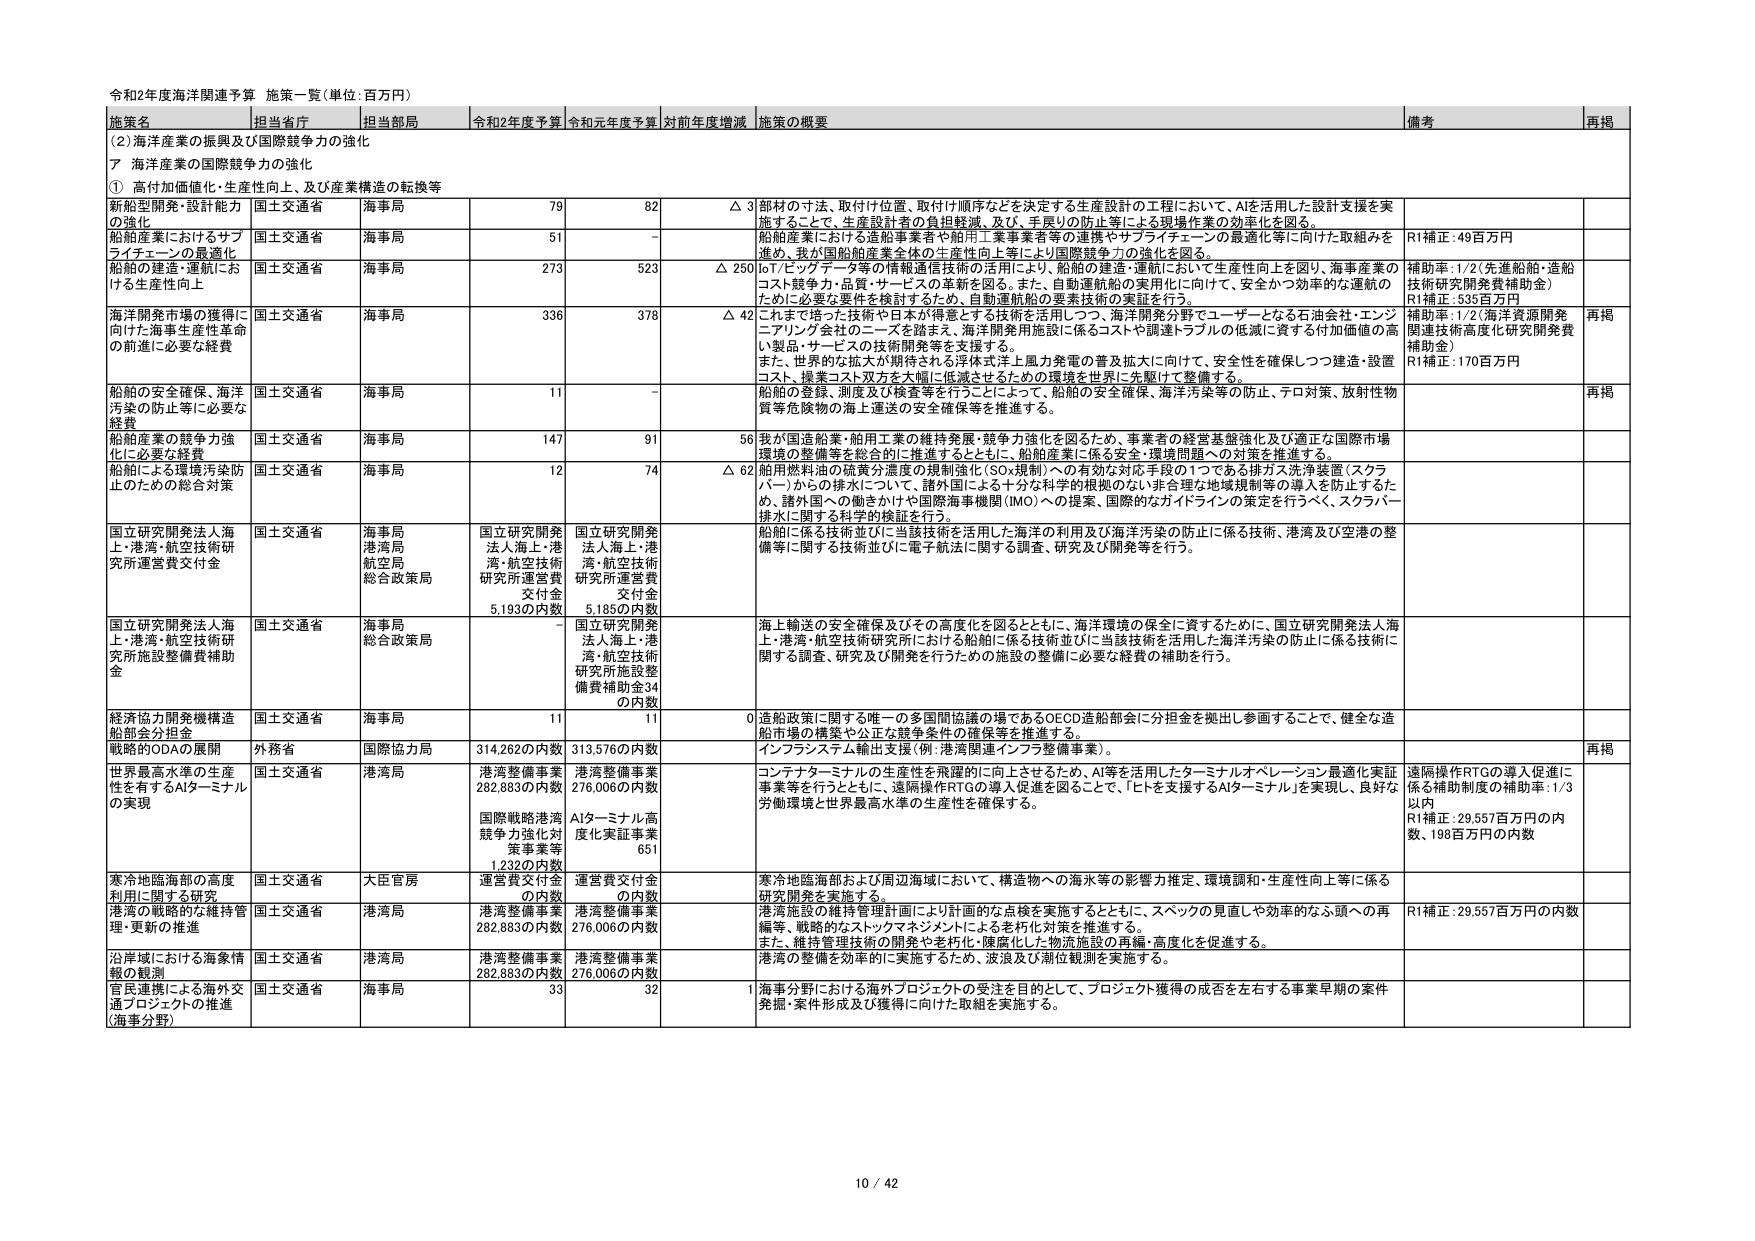
令和2年度海洋関連予算 施策一覧（単位：百万円）

施策名 担当省庁 担当部局 令和2年度予算 令和元年度予算 対前年度増減 施策の概要 備考 再掲

（2）海洋産業の振興及び国際競争力の強化
ア 海洋産業の国際競争力の強化
① 高付加価値化・生産性向上、及び産業構造の転換等

新船型開発・設計能力の強化 国土交通省 海事局 79 82 △3 部材の寸法、取付け位置、取付け順序などを決定する生産設計の工程において、AIを活用した設計支援を実施することで、生産設計者の負担軽減、及び、手戸りの防止等による現場作業の効率化を図る。

船舶産業におけるサプライチェーンの最適化 国土交通省 海事局 51 - 船舶産業における造船事業者や舶用工業事業者等の連携やサプライチェーンの最適化等に向けた取組みを進め、我が国船舶産業全体の生産性向上等により国際競争力の強化を図る。 R1補正：49百万円

船舶の建造・運航における生産性向上 国土交通省 海事局 273 523 △250 IoT/ビッグデータ等の情報通信技術の活用により、船舶の建造・運航において生産性向上を図り、海事産業のコスト競争力・品質・サービスの革新を図る。また、自動運航船の実用化に向けて、安全かつ効率的な運航のために必要な要件を検討するため、自動運航船の要素技術の実証を行う。 補助率：1/2（先進船舶・造船技術研究開発費補助金） R1補正：535百万円

海洋開発市場の獲得に向けた海事生産性革命の前進に必要な経費 国土交通省 海事局 336 378 △42 これまで培った技術や日本が得意とする技術を活用しつつ、海洋開発分野でユーザーとなる石油会社・エンジニアリング会社のニーズを踏まえ、海洋開発用施設に係るコストや調達トラブルの低減に資する付加価値の高い製品・サービスの技術開発等を支援する。 また、世界的な拡大が期待される浮体式洋上風力発電の普及拡大に向けて、安全性を確保しつつ建造・設置コスト、操業コスト双方を大幅に低減させるための環境を世界に先駆けて整備する。 補助率：1/2（海洋資源開発関連技術高度化研究開発費補助金） R1補正：170百万円 再掲

船舶の安全確保、海洋汚染の防止等に必要な経費 国土交通省 海事局 11 - 船舶の登録、測度及び検査等を行うことによって、船舶の安全確保、海洋汚染等の防止、テロ対策、放射性物質等危険物の海上運送の安全確保等を推進する。 再掲

船舶産業の競争力強化に必要な経費 国土交通省 海事局 147 91 56 我が国造船業・舶用工業の維持発展・競争力強化を図るため、事業者の経営基盤強化及び適正な国際市場環境の整備等を総合的に推進するとともに、船舶産業に係る安全・環境問題への対策を推進する。

船舶による環境汚染防止のための総合対策 国土交通省 海事局 12 74 △62 船用燃料油の硫黄分濃度の規制強化（SOx規制）への有効な対応手段の1つである排ガス洗浄装置（スクラバー）からの排水について、諸外国による十分な科学的根拠のない非合理的地域規制等の導入を防止するため、諸外国への働きかけや国際海事機関（IMO）への提案、国際的なガイドラインの策定を行うべく、スクラバー排水に関する科学的検証を行う。

国立研究開発法人海上・港湾・航空技術研究所運営費交付金 国土交通省 海事局 港湾局 航空局 総合政策局 国立研究開発法人海上・港湾・航空技術研究所運営費交付金 5,193の内数 国立研究開発法人海上・港湾・航空技術研究所運営費交付金 5,185の内数 船舶に係る技術並びに当該技術を活用した海洋の利用及び海洋汚染の防止に係る技術、港湾及び空港の整備等に関する技術並びに電子航法に関する調査、研究及び開発等を行う。

国立研究開発法人海上・港湾・航空技術研究所施設整備費補助金 国土交通省 海事局 総合政策局 - 国立研究開発法人海上・港湾・航空技術研究所施設整備費補助金34の内数 海上輸送の安全確保及びその高度化を図るとともに、海洋環境の保全に資するために、国立研究開発法人海上・港湾・航空技術研究所における船舶に係る技術並びに当該技術を活用した海洋汚染の防止に係る技術に関する調査、研究及び開発を行うための施設の整備に必要な経費の補助を行う。

経済協力開発機構造船部会分担金 国土交通省 海事局 11 11 0 造船政策に関する唯一の多国間協議の場であるOECD造船部会に分担金を拠出し参画することで、健全な造船市場の構築や公正な競争条件の確保等を推進する。

戦略的SODAの展開 外務省 国際協力局 314,262の内数 313,576の内数 インフラシステム輸出支援（例：港湾関連インフラ整備事業）。 再掲

世界最高水準の生産性を有するAIターミナルの実現 国土交通省 港湾局 港湾整備事業282,883の内数 国際戦略港湾競争力強化対策事業等1,232の内数 港湾整備事業276,006の内数 AIターミナル高度化実証事業651 コンテナターミナルの生産性を飛躍的に向上させるため、AI等を活用したターミナルオペレーション最適化実証事業等を行うとともに、遠隔操作RTGの導入促進を図ることで、「ヒトを支援するAIターミナル」を実現し、良好な労働環境と世界最高水準の生産性を確保する。 遠隔操作RTGの導入促進に係る補助制度の補助率：1/3以内 R1補正：29,557百万円の内数、198百万円の内数

寒冷地臨海部の高度利用に関する研究 国土交通省 大臣官房 運営費交付金の内数 運営費交付金の内数 寒冷地臨海部および周辺海域において、構造物への海水等の影響力推定、環境調和・生産性向上等に係る研究開発を実施する。

港湾の戦略的な維持管理・更新の推進 国土交通省 港湾局 港湾整備事業282,883の内数 港湾整備事業276,006の内数 港湾施設の維持管理計画により計画的な点検を実施するとともに、スペックの見直しや効率的なふ頭への再編等、戦略的なストックマネジメントによる老朽化対策を推進する。 また、維持管理技術の開発や老朽化・陳腐化した物流施設の再編・高度化を促進する。 R1補正：29,557百万円の内数

沿岸域における海象情報の観測 国土交通省 港湾局 港湾整備事業282,883の内数 港湾整備事業276,006の内数 港湾の整備を効率的に実施するため、波浪及び潮位観測を実施する。

官民連携による海外交通プロジェクトの推進（海事分野） 国土交通省 海事局 33 32 1 海事分野における海外プロジェクトの受注を目的として、プロジェクト獲得の成否を左右する事業早期の案件発掘・案件形成及び獲得に向けた取組を実施する。

10 / 42